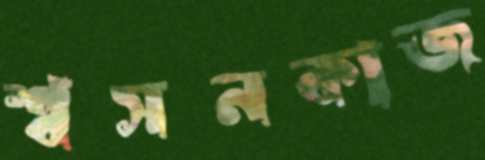
শ্বসনকাজ